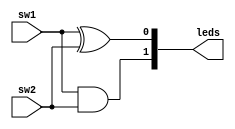
module onebitadder(sw1, sw2, leds);

input wire sw1, sw2;
output reg [1:0] leds;

/* option 1 to do it

assign leds[0] = sw1^sw2;
assign leds[1] = sw1&sw2;

*/

always @(*)
begin
    leds[0] = sw1^sw2;
	 leds[1] = sw1&sw2;
end

endmodule